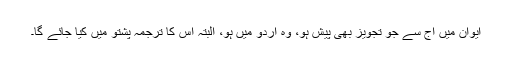
ایوان میں آج سے جو تجویز بھی پیش ہو، وہ اُردو میں ہو، البتہ اُس کا ترجمہ پشتو میں کیا جائے گا۔